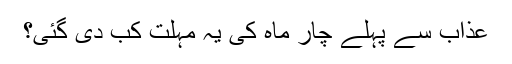
عذاب سے پہلے چار ماہ کی یہ مہلت کب دی گئی؟